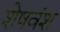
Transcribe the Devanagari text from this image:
शेषवंश